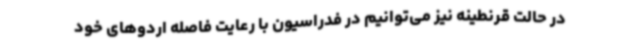
در حالت قرنطینه نیز می‌توانیم در فدراسیون با رعایت فاصله اردوهای خود